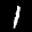
Label: 1